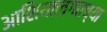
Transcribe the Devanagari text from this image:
आशियालगतच्या